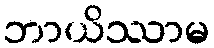
ဘာယိဿာမ